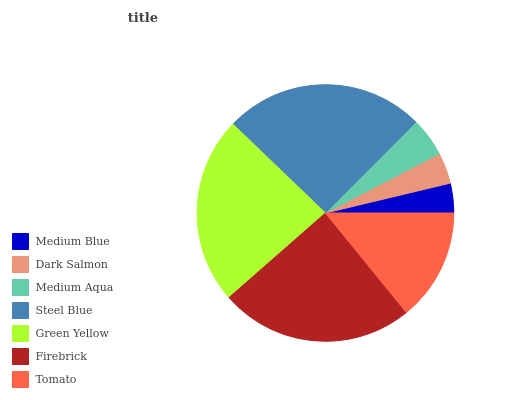
| Medium Blue | Dark Salmon | Medium Aqua | Steel Blue | Green Yellow | Firebrick | Tomato |
 | --- | --- | --- | --- | --- | --- | --- |
 | 3.74% | 3.91% | 4.88% | 25.3% | 23.7% | 24.3% | 14.1% |